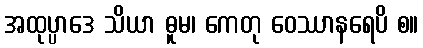
အထုပ္ပာဒေ သိယာ ဓူမ၊ ကေတု ဝေဿာနရေပိ စ။